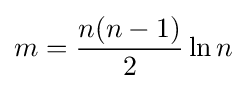
m={\frac {n(n-1)}{2}}\ln n